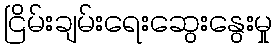
ငြိမ်းချမ်းရေးဆွေးနွေးမှု